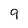
Character: 9